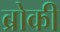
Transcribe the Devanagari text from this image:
ब्रोकी